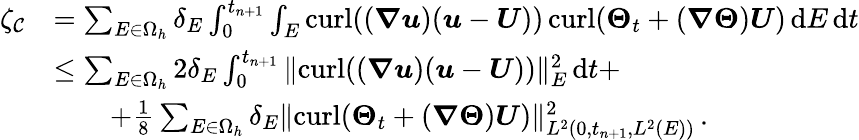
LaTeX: \begin{array}{rl}{\zeta_{\mathcal{C}}}&{=\sum_{E\in\Omega_{h}}\delta_{E}\int_{0}^{t_{n+1}}\int_{E}{\mathrm{curl}}((\boldsymbol{\nabla}\boldsymbol{u})(\boldsymbol{u}-\boldsymbol{U}))\, {\mathrm{curl}}(\boldsymbol{\Theta}_{t}+(\boldsymbol{\nabla}\boldsymbol{\Theta})\boldsymbol{U})\, \mathrm{d}E\, \mathrm{d}t}\\ &{\leq\sum_{E\in\Omega_{h}}2{\delta_{E}}\int_{0}^{t_{n+1}}\| {\mathrm{curl}}((\boldsymbol{\nabla}\boldsymbol{u})(\boldsymbol{u}-\boldsymbol{U}))\| _{E}^{2}\, \mathrm{d}t+}\\ &{\qquad+\frac{1}{8}\sum_{E\in\Omega_{h}}\delta_{E}\| {\mathrm{curl}}(\boldsymbol{\Theta}_{t}+(\boldsymbol{\nabla}\boldsymbol{\Theta})\boldsymbol{U})\| _{L^{2}(0,t_{n+1},L^{2}(E))}^{2}\, .}\end{array}